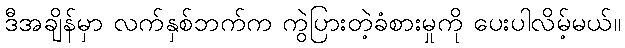
ဒီအချိန်မှာ လက်နှစ်ဘက်က ကွဲပြားတဲ့ခံစားမှုကို ပေးပါလိမ့်မယ်။